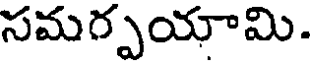
సమగ్పయామి.